Annual report on the working of the lock hospitals in the Central Provinces
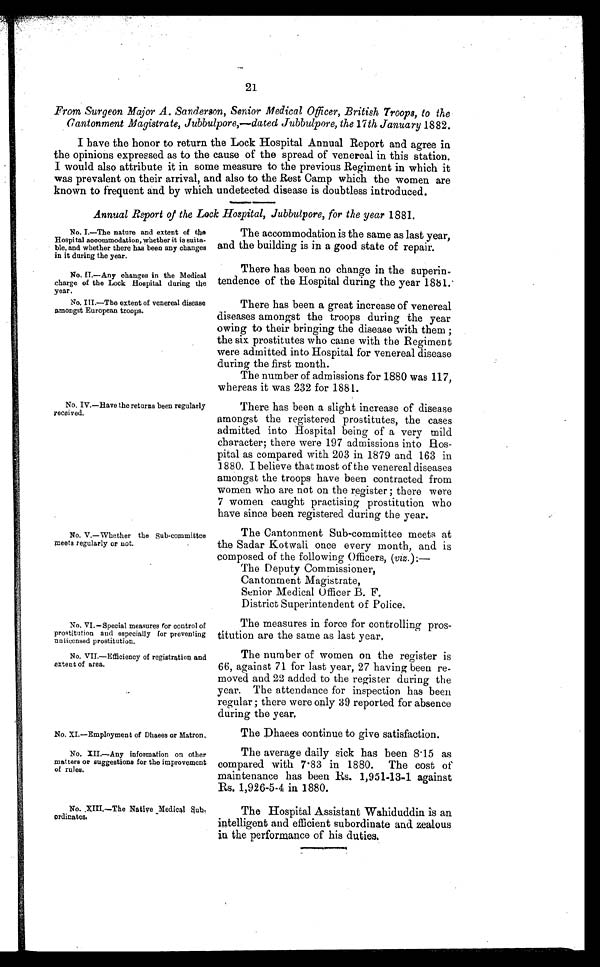
No. I.—The nature and extent of the
Hospital accommodation, whether it is suita-
ble, and whether there has been any changes
in it during the year.
No. II.—Any changes in the Medical
charge of the Lock Hospital during the
year.
No. III.—The extent of venereal disease
amongst European troops.
No. VI.—Special measures for control of
prostitution and especially for preventing
unlicensed prostitution.
No. VII.—Efficiency of registration and
extent of area.
No. XI.—Employment of Dhaees or Matron.
No. XII.—Any information on other
matters or suggestions for the improvement
of rules.
21
From Surgeon Major A. Sanderson, Senior Medical Officer, British Troops, to the
Cantonment Magistrate, Jubbulpore,—dated Jubbulpore, the 17 th January 1882.
I have the honor to return the Lock Hospital Annual Report and agree in
the opinions expressed as to the cause of the spread of venereal in this station.
I would also attribute it in some measure to the previous Regiment in which it
was prevalent on their arrival, and also to the Rest Camp which the women are
known to frequent and by which undetected disease is doubtless introduced.
Annual Report of the Look Hospital, Jubbulpore, for the year 1881.
No. IV.—Have the returns been regularly
received.
No. V.—Whether the Sub-committee
meets regularly or not.
No. XIII.—The Native Medical sub ordinates.
The accommodation is the same as last year,
and the building is in a good state of repair.
There has been no change in the superin-
tendence of the Hospital during the year 1881.
There has been a great increase of venereal
diseases amongst the troops during the year
owing to their bringing the disease with them ;
the six prostitutes who came with the Regiment
were admitted into Hospital for venereal disease
during the first month.
The number of admissions for 1880 was 117,
whereas it was 232 for 1881.
There has been a slight increase of disease
amongst the registered prostitutes, the cases
admitted into Hospital being of a very mild
character; there were 197 admissions into Hos-
pital as compared with 203 in 1879 and 163 in
1880. I believe that most of the venereal diseases
amongst the troops have been contracted from
women who are not on the register ; there were
7 women caught practising prostitution who
have since been registered during the year.
The Cantonment Sub-committee meets at
the Sadar Kotwali once every month, and is
composed of the following Officers, ( viz. ):—
The Deputy Commissioner,
Cantonment Magistrate,
Senior Medical Officer B. F.
District Superintendent of Police.
The measures in force for controlling pros-
titution are the same as last year.
The number of women on the register is
66, against 71 for last year, 27 having been re-
moved and 22 added to the register during the
year. The attendance for inspection has been
regular ; there were only 39 reported for absence
during the year.
The Dhaees continue to give satisfaction.
The average daily sick has been 8 . 15 as
compared with 7 . 83 in 1880. The cost of
maintenance has been Rs. 1,951-13-1 against
Rs. 1,926-5-4 in 1880.
The Hospital Assistant Wahiduddin is an
intelligent and efficient subordinate and zealous
in the performance of his duties.